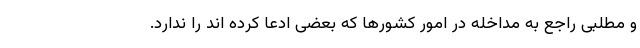
و مطلبی راجع به مداخله در امور کشورها که بعضی ادعا کرده اند را ندارد.